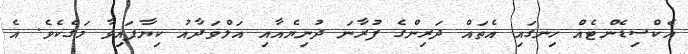
އެކްސިޑެންޓެއް ހިނގައި އެތައް ދަރިންގެ ފުރާނަ ދުނިޔެއާއި އަލްވަދާއު ކިޔާފައިވާ މަގެކެވެ. އެ